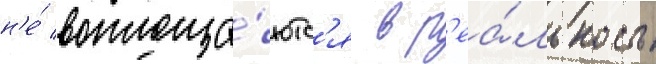
н'е́ воплоща́ютс'я в р'еа́льность